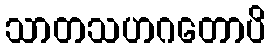
သာတသဟဂတောပိ